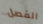
الفصل